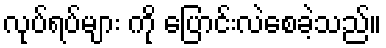
လုပ်ရပ်များ ကို ပြောင်းလဲစေခဲ့သည်။